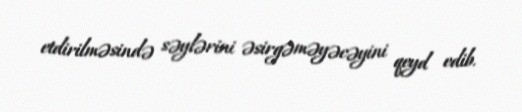
etdirilməsində səylərini əsirgəməyəcəyini qeyd edib.